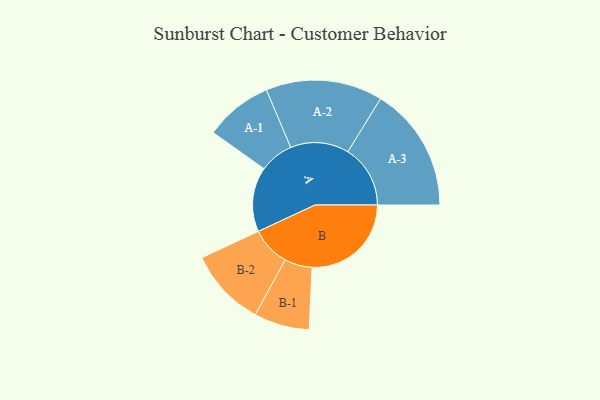
{"axis": {"x": "Segment", "y": "Value"}, "legend": ["", "A", "B"], "data": [{"x": "A", "y": 301, "type": ""}, {"x": "B", "y": 462, "type": ""}, {"x": "A-1", "y": 158, "type": "A"}, {"x": "A-2", "y": 272, "type": "A"}, {"x": "A-3", "y": 291, "type": "A"}, {"x": "B-1", "y": 129, "type": "B"}, {"x": "B-2", "y": 182, "type": "B"}]}